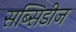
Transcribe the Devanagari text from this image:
सब्सिडीज